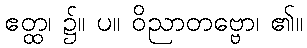
ဧတ္ထ၊ ၌။ ပ။ ဝိညာတဗ္ဗော၊ ၏။